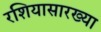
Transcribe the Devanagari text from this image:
रशियासारख्या